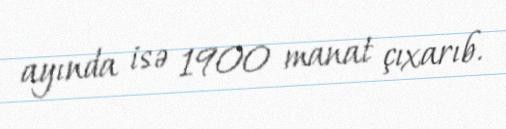
ayında isə 1900 manat çıxarıb.